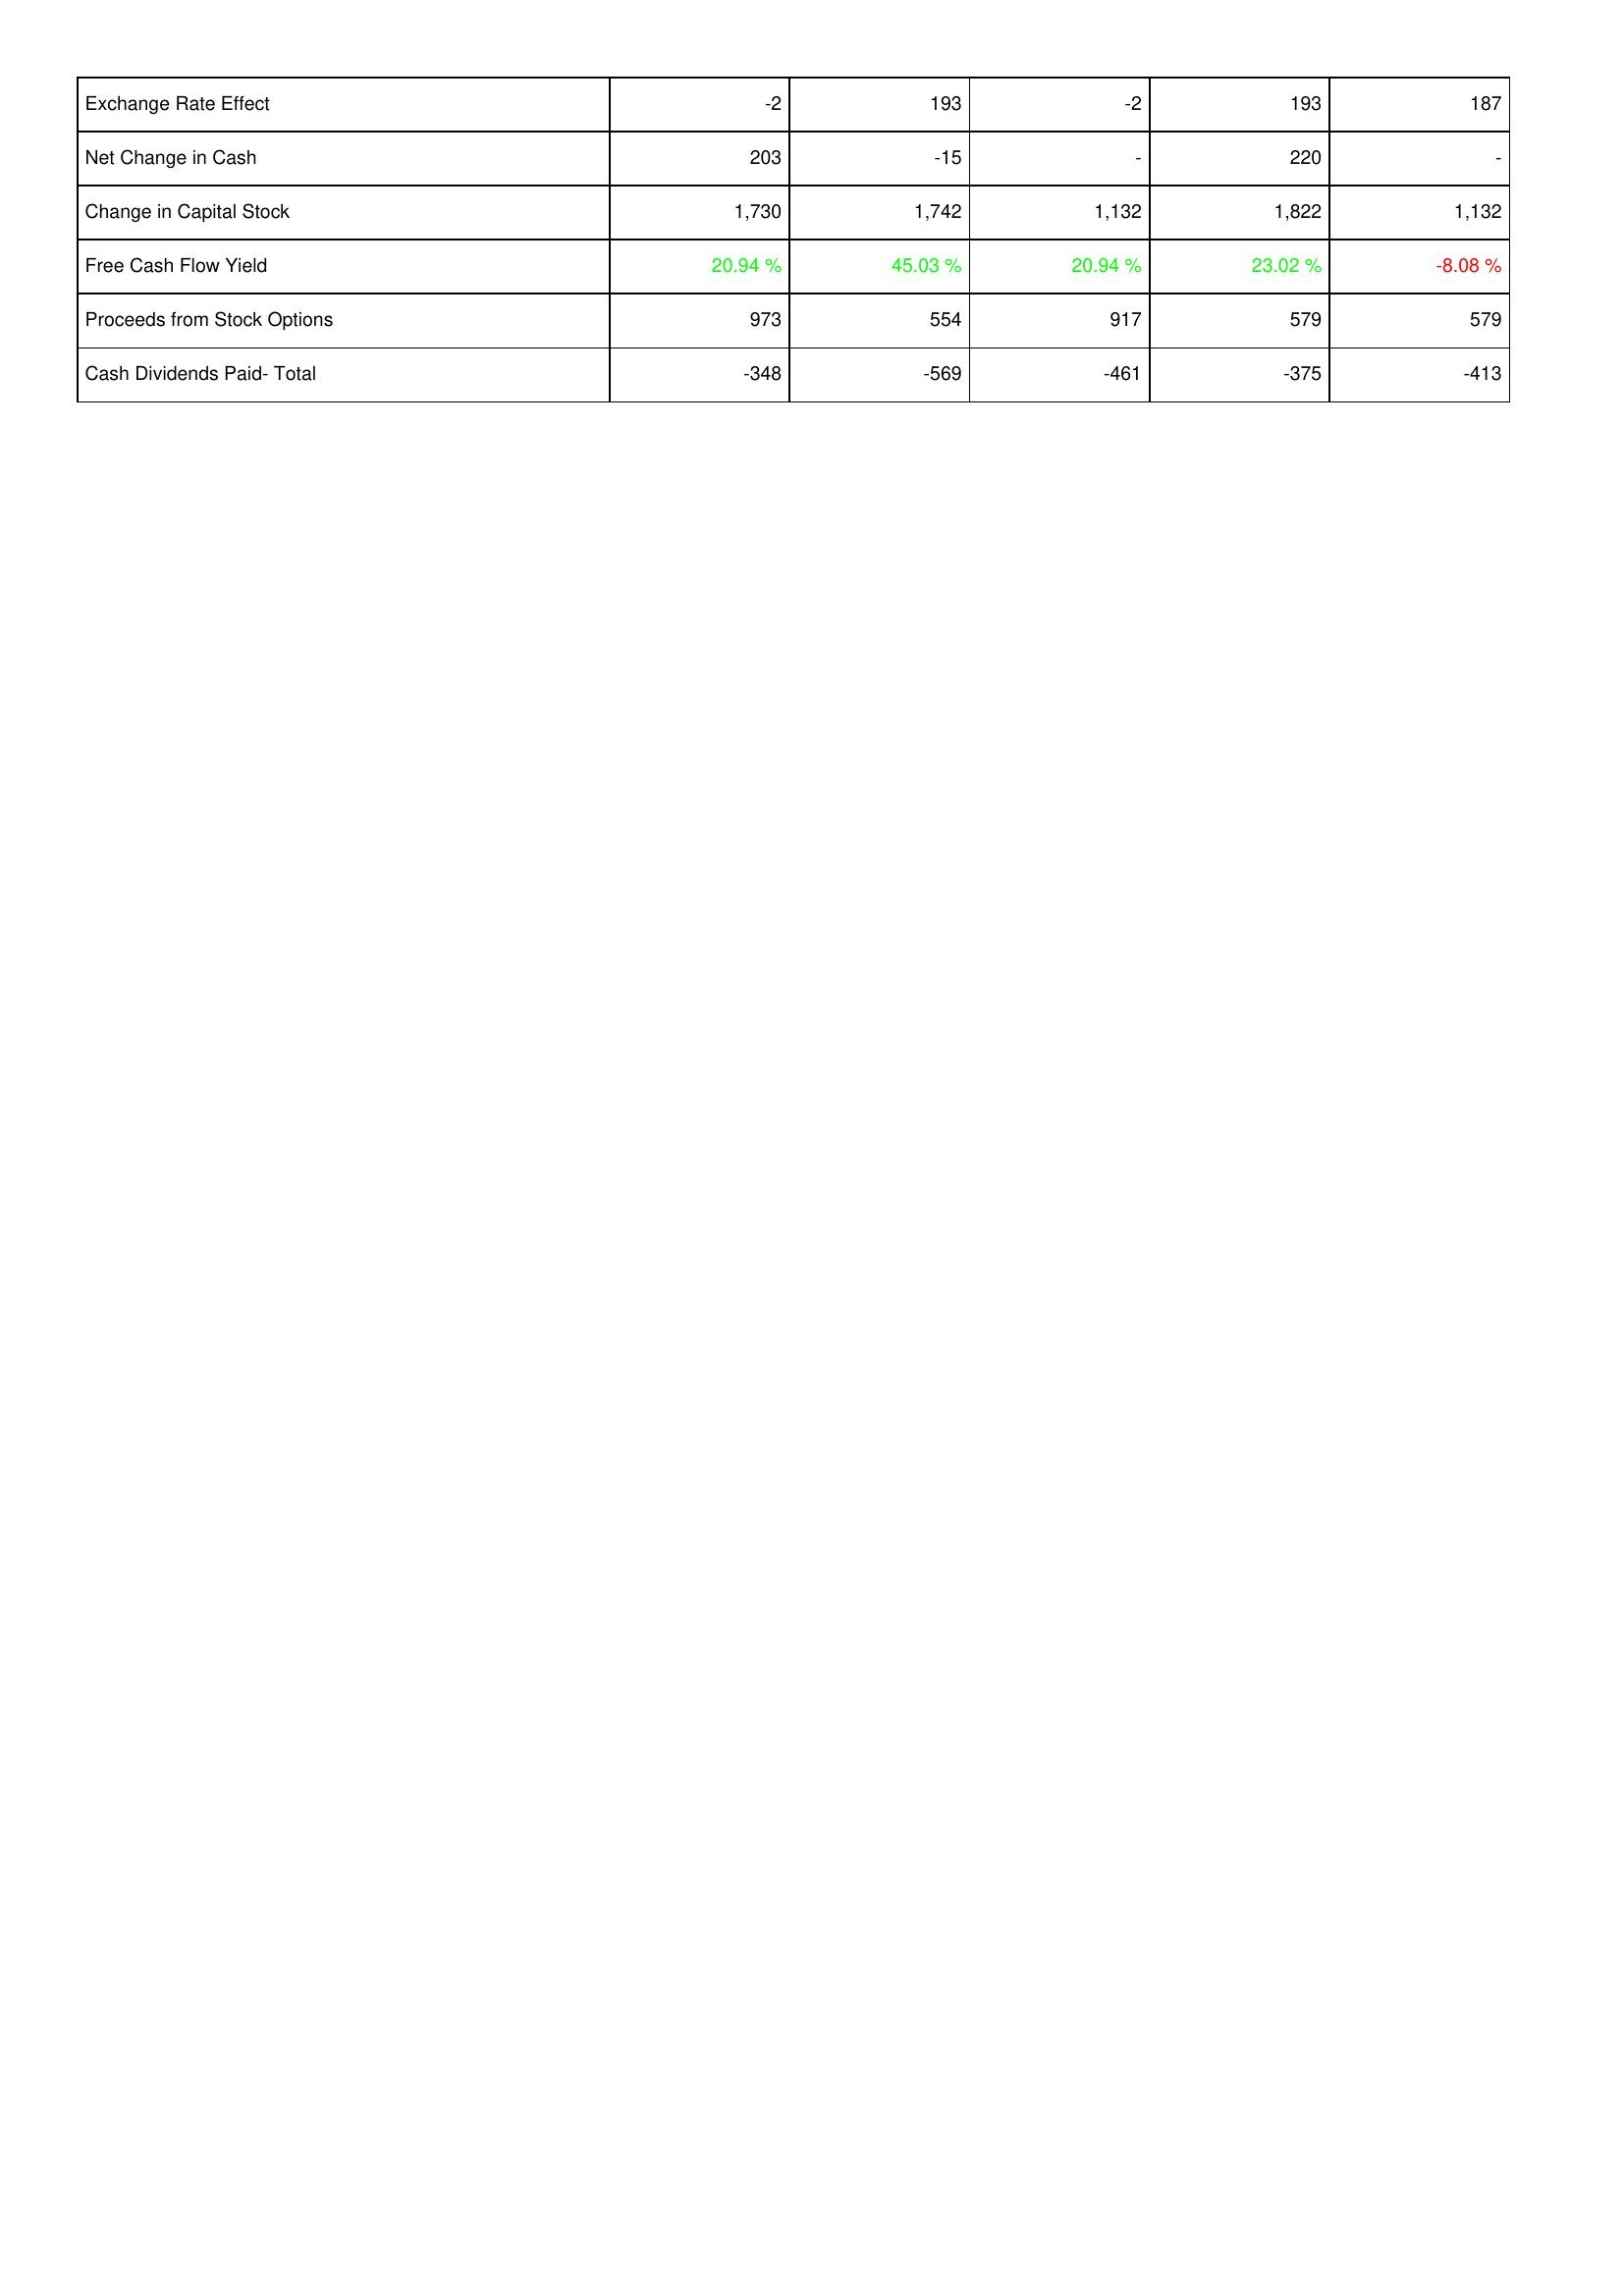
2005: Financing Activities: Exchange Rate Effect: -2
Net Change in Cash: 203
Change in Capital Stock: 1,730
Free Cash Flow Yield: 20.94 %
Proceeds from Stock Options: 973
Cash Dividends Paid- Total: -348
2006: Financing Activities: Exchange Rate Effect: 193
Net Change in Cash: -15
Change in Capital Stock: 1,742
Free Cash Flow Yield: 45.03 %
Proceeds from Stock Options: 554
Cash Dividends Paid- Total: -569
2007: Financing Activities: Exchange Rate Effect: -2
Net Change in Cash: -
Change in Capital Stock: 1,132
Free Cash Flow Yield: 20.94 %
Proceeds from Stock Options: 917
Cash Dividends Paid- Total: -461
2008: Financing Activities: Exchange Rate Effect: 193
Net Change in Cash: 220
Change in Capital Stock: 1,822
Free Cash Flow Yield: 23.02 %
Proceeds from Stock Options: 579
Cash Dividends Paid- Total: -375
2009: Financing Activities: Exchange Rate Effect: 187
Net Change in Cash: -
Change in Capital Stock: 1,132
Free Cash Flow Yield: -8.08 %
Proceeds from Stock Options: 579
Cash Dividends Paid- Total: -413